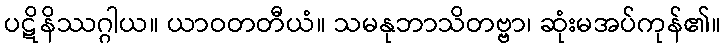
ပဋိနိဿဂ္ဂါယ။ ယာဝတတီယံ။ သမနုဘာသိတဗ္ဗာ၊ ဆုံးမအပ်ကုန်၏။